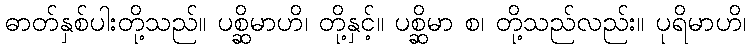
ဓာတ်နှစ်ပါးတို့သည်။ ပစ္ဆိမာဟိ၊ တို့နှင့်။ ပစ္ဆိမာ စ၊ တို့သည်လည်း။ ပုရိမာဟိ၊